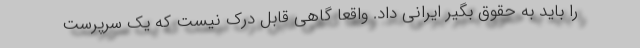
را باید به حقوق بگیر ایرانی داد. واقعا گاهی قابل درک نیست که یک سرپرست